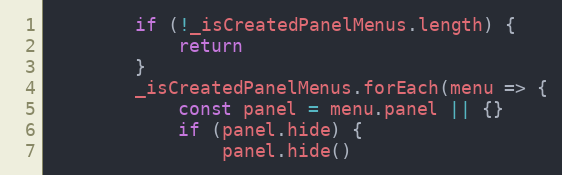
Language: JavaScript
        if (!_isCreatedPanelMenus.length) {
            return
        }
        _isCreatedPanelMenus.forEach(menu => {
            const panel = menu.panel || {}
            if (panel.hide) {
                panel.hide()